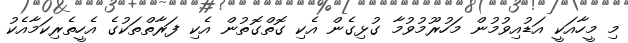
މި މީހާއަކީ އަޑުއިވުމުން މަހުރޫމުވުމާ ގުޅިގެން އެކި ގޮތްގޮތުން އެކި ފަރާތްތަކުގެ އެހީތެރިކަމާއެކު